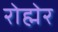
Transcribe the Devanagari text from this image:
रोह्मेर